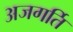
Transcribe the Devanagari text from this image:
अजगर्ति